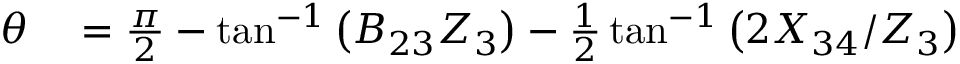
\begin{array} { r l } { \theta } & { { } = \frac { \pi } { 2 } - \tan ^ { - 1 } \left( B _ { 2 3 } Z _ { 3 } \right) - \frac { 1 } { 2 } \tan ^ { - 1 } \left( 2 X _ { 3 4 } / Z _ { 3 } \right) } \end{array}